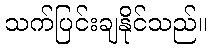
သက်ပြင်းချနိုင်သည်။